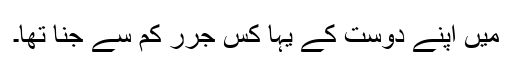
میں اَپنے دوست کے یہا کِسِ جرُرِ کم سے جنا تھا۔